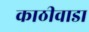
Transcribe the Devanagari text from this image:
काठीवाडा